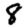
Digit: 8